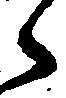
候